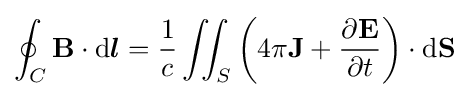
\oint _{C}\mathbf {B} \cdot \mathrm {d} {\boldsymbol {l}}={\frac {1}{c}}\iint _{S}\left(4\pi \mathbf {J} +{\frac {\partial \mathbf {E} }{\partial t}}\right)\cdot \mathrm {d} \mathbf {S}